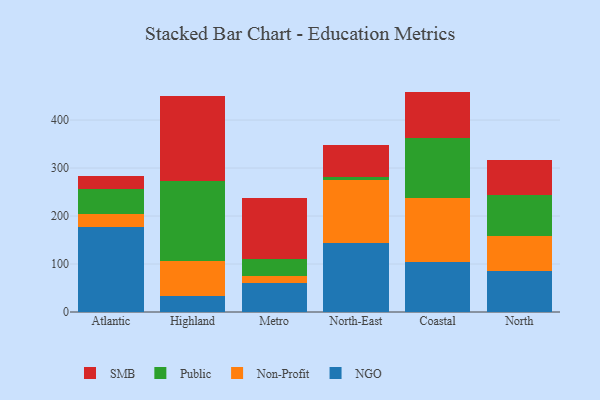
{"axis": {"x": "Region", "y": "Net Income (USD K)"}, "legend": ["NGO", "Non-Profit", "Public", "SMB"], "data": [{"x": "Atlantic", "y": 177.9, "type": "NGO"}, {"x": "Atlantic", "y": 26.3, "type": "Non-Profit"}, {"x": "Atlantic", "y": 52.2, "type": "Public"}, {"x": "Atlantic", "y": 26.3, "type": "SMB"}, {"x": "Highland", "y": 32.8, "type": "NGO"}, {"x": "Highland", "y": 73.7, "type": "Non-Profit"}, {"x": "Highland", "y": 165.9, "type": "Public"}, {"x": "Highland", "y": 178.4, "type": "SMB"}, {"x": "Metro", "y": 60.5, "type": "NGO"}, {"x": "Metro", "y": 15.2, "type": "Non-Profit"}, {"x": "Metro", "y": 33.9, "type": "Public"}, {"x": "Metro", "y": 128.5, "type": "SMB"}, {"x": "North-East", "y": 144.6, "type": "NGO"}, {"x": "North-East", "y": 130.6, "type": "Non-Profit"}, {"x": "North-East", "y": 5.6, "type": "Public"}, {"x": "North-East", "y": 66.6, "type": "SMB"}, {"x": "Coastal", "y": 104.0, "type": "NGO"}, {"x": "Coastal", "y": 132.9, "type": "Non-Profit"}, {"x": "Coastal", "y": 125.9, "type": "Public"}, {"x": "Coastal", "y": 96.5, "type": "SMB"}, {"x": "North", "y": 86.0, "type": "NGO"}, {"x": "North", "y": 71.6, "type": "Non-Profit"}, {"x": "North", "y": 85.4, "type": "Public"}, {"x": "North", "y": 73.4, "type": "SMB"}]}